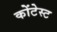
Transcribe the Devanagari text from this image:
कोंटेस्ट